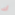
أنك